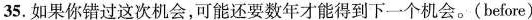
35.如果你错过这次机会,可能还要数年才能得到下一个机会.(before)